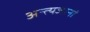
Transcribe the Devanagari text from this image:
अन्त्यजानां